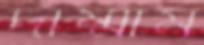
দাম্মাম